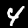
Digit: 4